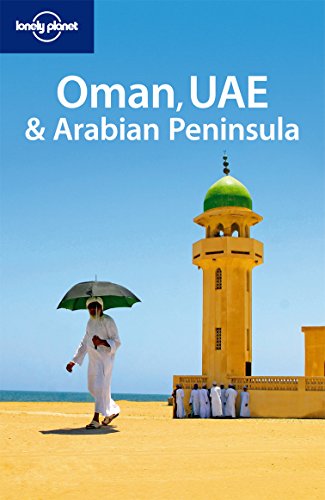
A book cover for Lonely Planet Oman UAE & the Arabian Peninsula (Multi Country Travel Guide); Jenny Walker; Travel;